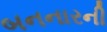
બનનારની